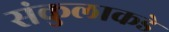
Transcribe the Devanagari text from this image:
संकुलाकडे